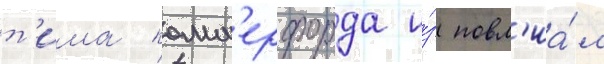
т'има комм'ерфорда и́з повл'иа́л